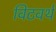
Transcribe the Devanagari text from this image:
विटवर्थ